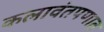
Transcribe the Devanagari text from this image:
कलावंतपणात